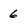
Character: 6